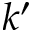
k ^ { \prime }